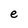
Character: e